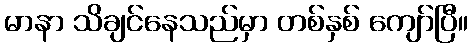
မာနာ သိချင်နေသည်မှာ တစ်နှစ် ကျော်ပြီ။